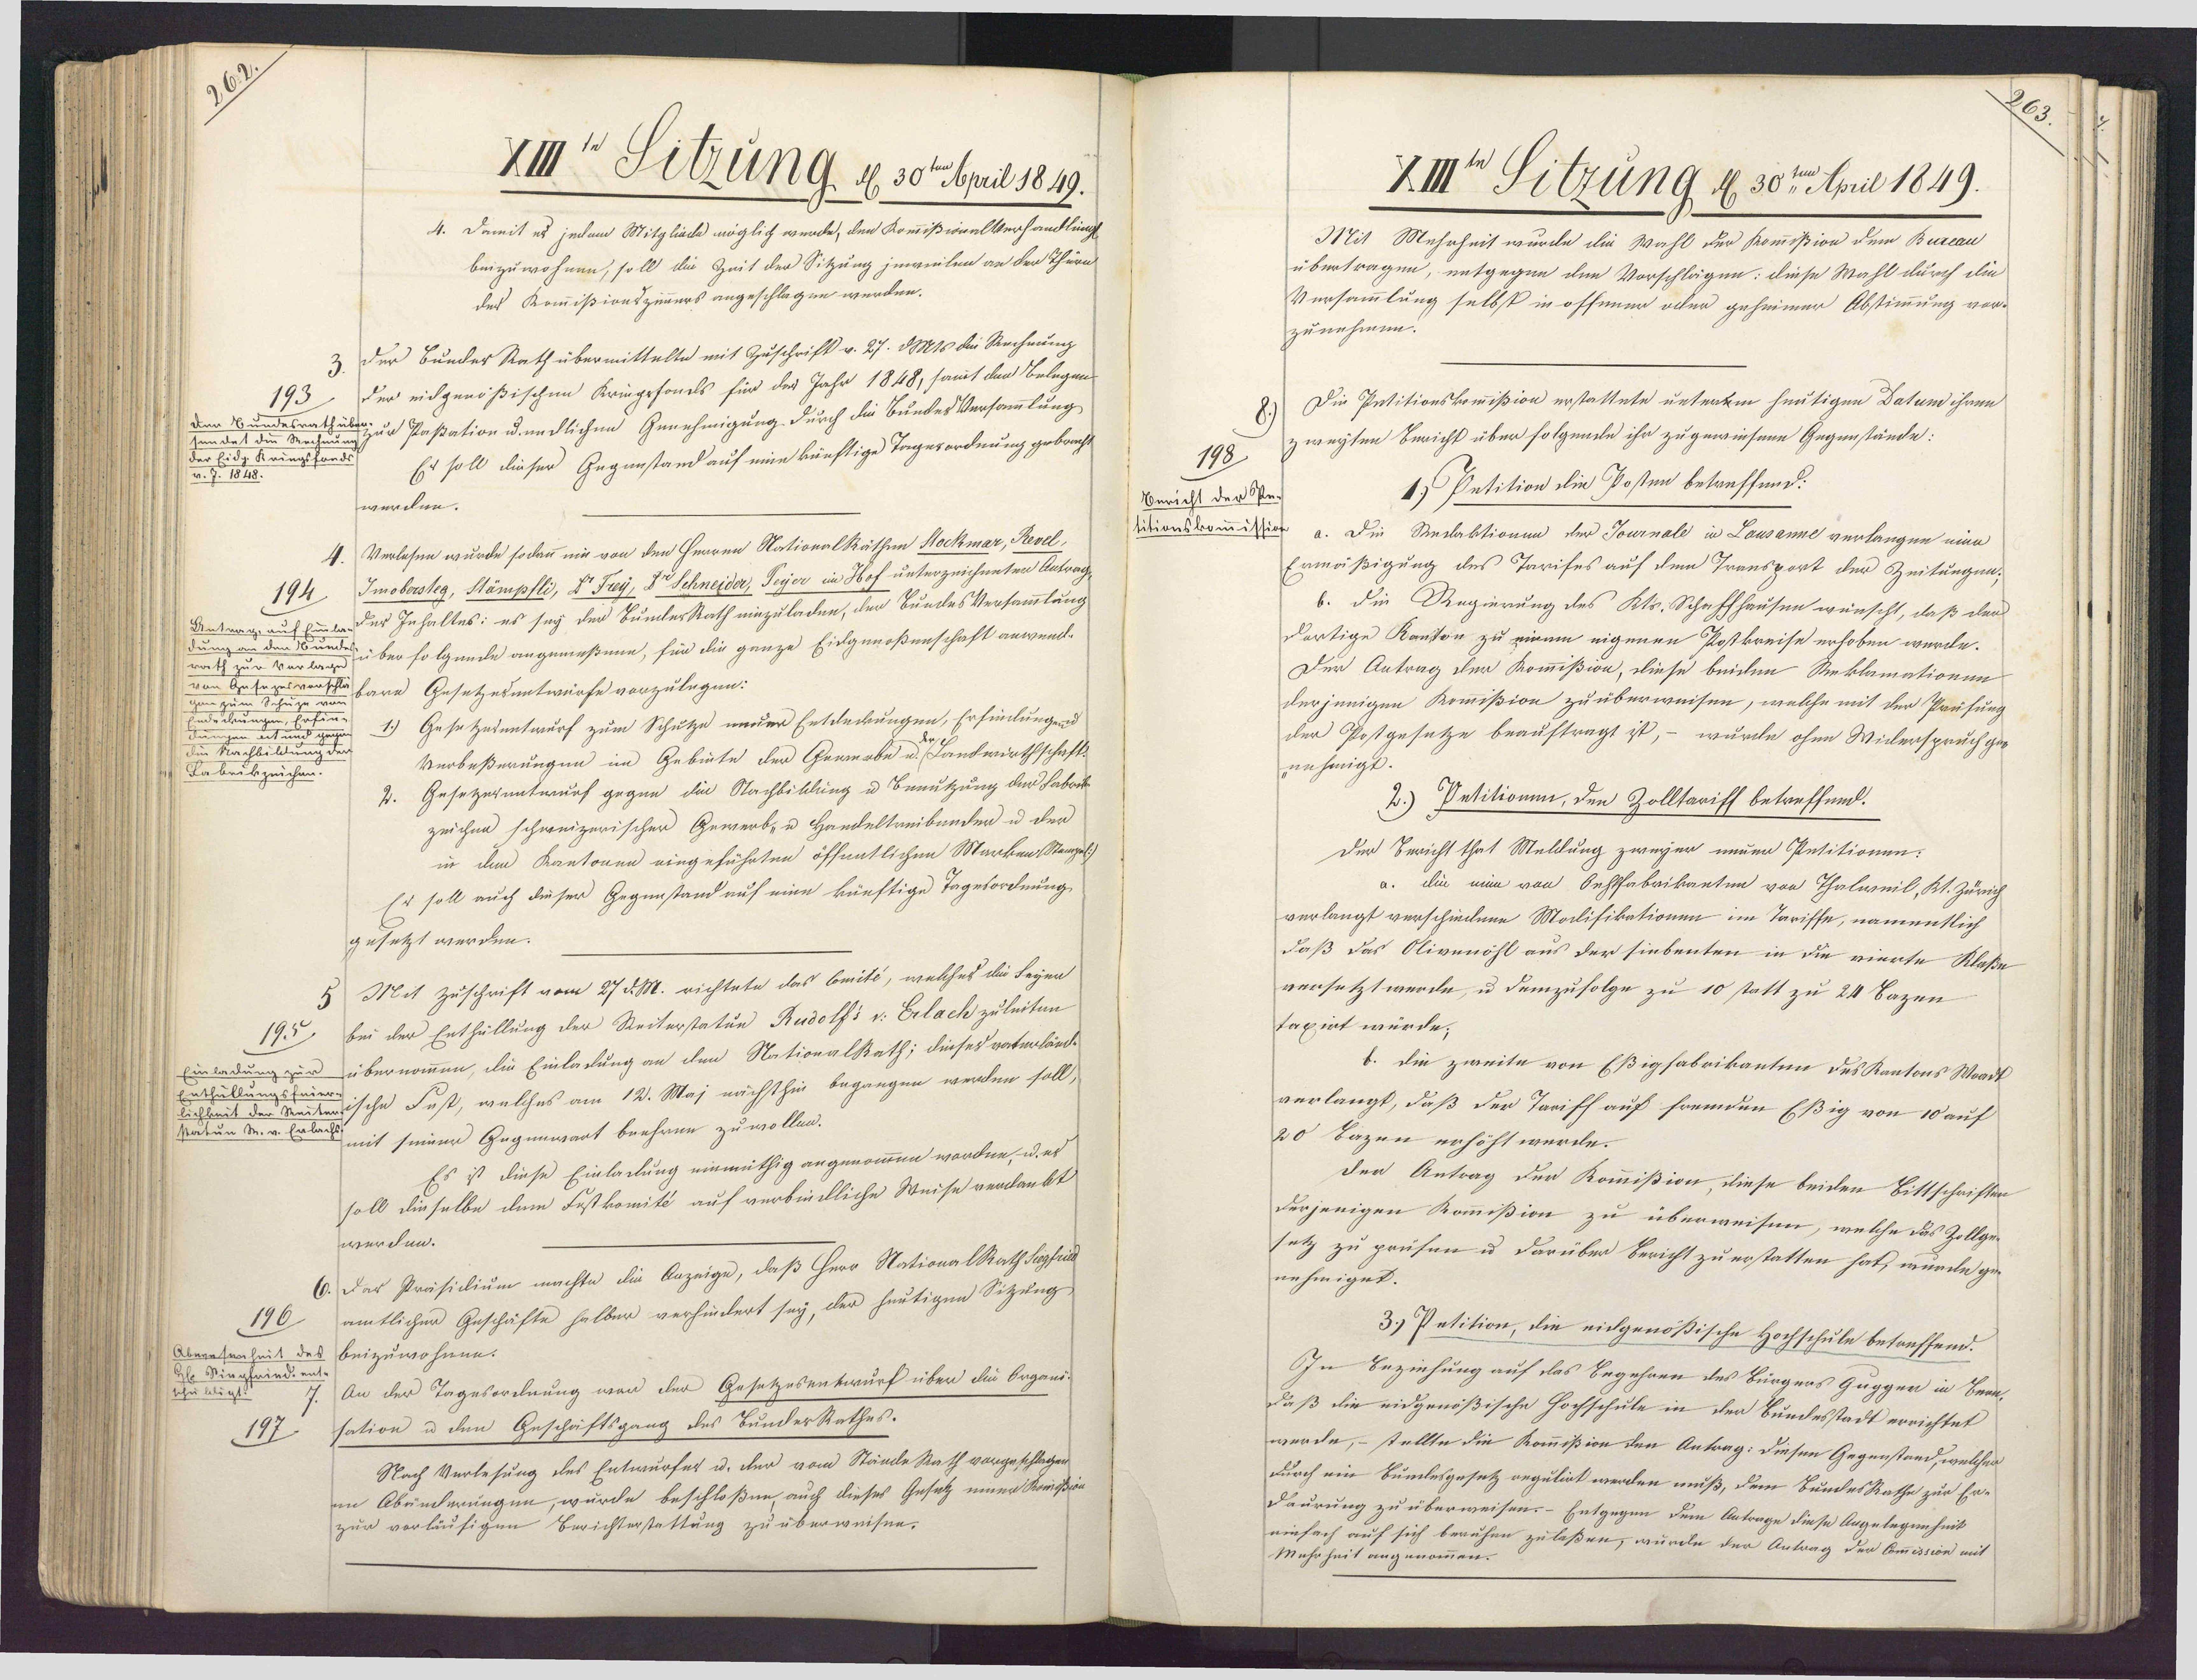
262
XIIIten Sitzung, d. 30ten April 1849.
4. Damit es jedem Mitgliede möglich werde, den KommißionalVerhandling
beizuwohnen, soll die Zeit der Sitzung jeweilen an der Thüre
des Kommißionszimmers angeschlagen werden.
der BundesRath übermittelte mit Zuschrift v. 27. d Mts die Rechnung
der eidgenößischen Kriegsfonds für der Jahr 1848, samt den Belegen
193
den bundesrath über-
sendet die Bechaumg zur Pasation u. nedlichen Genehmigung durch die Bunder Versammlung
Er soll dieser Gegunstand auf eine künftige Tagerordnung gebrach¬
der Eidg. Kringsfands
v. 7.18.
werden.
Verlesnn wurde sodann nir von den Herren Nationalkäthen Stockmar, Revel,
Imoborsteg, Stämpfli, D Frey, Dr Schneider, Peyer im Hof unterzeichneten Antrag
194
inda der Inhaltes: es sey der BunlerRath einzuladen, der BundesVersammtung
Antragia
dung an da
undes über folgende angemeßene, für die ganze Eidgenoßenschaft anwend¬
rath zur Verlage
von Gesagesvorschfare Gesetzesentwürfe vorzulegen:
gan zum S.
ndedeunge
1.) Gesetzesentwurf zum Schutze neuer Entdeckungen, Erfindungend
Jungen an
die Nachbeldu
Verbeßerungen im Gebüte der Gewerbe  Landwirthschaft-
Tabeikzeichen
Gesetzerentwurf gegen die Nachbildung u Benutzung der Fabrik
zeichen schweizerischer Gewerb- u Handeltreibender u der
in dem Kantonen eingeführten öffentlichen Marken Stenzel:)
Er soll auch dieser Gegenstand auf eine künftige Tagesordnung
gesetzt werden.
Mit Zuschrift vom 27d. M. richtete das beits, welches die Seyen
bei der Enthüllung der Reiterstatun Rudolfs v. Erlach zuleiten
195)
Einlndung zur übernommen, die Einladung an den Nationalkath; dieses vatenlände
Enthüllungsfeier
becheit der Keitwische Faß, welhes am 12. Maj nichthin begangen werden halle,
statun S. v. Erlad mit seiner Gegenwart beehren zu wollen.
Es ist diese Einladung einmüthig angenommen worden, u. es
soll dieselbe dem Fostkomité auf verbindliche Weise verlankt
werden.
6. Das Präsidium machte die Anzeige, daß Herr NationalRath Siegfried
amtlicher Geschäfte halber verhindert sey, der heutigen Sitzung
196
Aberesenheit des beizuwohnen.
Hl. Sinpfeind. ent
An der Tagesordnung war der Gesetzesentwurf über die Organi-
shu bligt!
sation u den Geschäftsgang des BunderRathes.
197
Nach Verlesung des Entwurfes u. der vom Stände Rath vorgeschlagen
im Abenderungen, wurde beschloßen, auch dieses Gesetz einer Kreiiß
zur vorläufigen Berichterstattung zu überweisen.

Xm Sitzung d 30ten April 1849.
Mit Mehrheit wurde die Wahl der Kommißion dem Bureau
übertragen, entgegen den Vorschlägen: diese Wahl durch die
Versammlung selbst in offener oder geheimer Abstimmung vor¬
zunehmen.
Die Petitionskommißion erstattete untertm heutigen Datum ihren
zweyten Bericht über folgende ihr zugewiesene Gegenstände:
198
1) Petition die Posten betreffend:
Bericht der Pe-
titionskommission
a. Die Redaktionen der Journale in Lousanne verlangen eine
Ermäßigung des Tarifes auf dem Transport der Zeitungen;
b. die Regierung des Kts. Schaffhausen wünscht, daß der
dortige Kanton zu einem eigenen Postkreise erhoben werde.
Der Antrag der Kommißion, diese beiden Reklamationen
derjenigen Kommißion zu überweisen, welche mit der Prüfung
der Postgesetze beauftragt ist, – wurde ohne Widerspruch ge¬
nehmigt.
2.) Petitionen, den Zolltariff betreffend.
Der Bericht that Mellung zweyer neuer Petitionen:
a. die min von Oehtfabrikanten von Thalweil, Kt. Zürich
verlangt verschiedene Madifikationen im Tariffe, namentlich
daß das Olivnnohl aus der siebenten in die vierte Klaße
versetzt werde, u demzufolge zu 10 statt zu 24 Bazen
taxirt würde;
b. die zweite von Eßigfabrikanten des Kantons Waadt
verlangt, daß der Tariff auf fremden Eßig von 00 auf
20 Tazen erhöht wurde.
der Antrag der Kommißion, diese beiden Bittschriften
derjenigen Kommißion zu überweisen, welche das Zollge¬
setz zu prüfen u darüber Bericht zu erstatten hat, inuade ge
nehmiget.
3.) Petition, die eidgenößische Hochschule betreffend.
In Beziehung auf das Begehren des Bürgers Gügger in Bere¬
daß die eidgenößische Hochschule in der Bundesstadt errichtet
werde, – stellte die Kommißion den Antrag: diesen Gegenstand, welchen
durch ein Bumlesgesetz regulirt werden muß, dem BundesRathe zur Er¬
Daurung zu überweisen. – Entgegen dem Antrage diese Angelegenheit
einfach auf sich beauhen zulaßen, wurde der Antrag der Commission mit
Mehrheit angenommen.